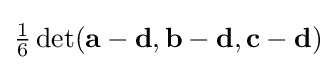
{\textstyle {\frac {1}{6}}\det(\mathbf {a} -\mathbf {d} ,\mathbf {b} -\mathbf {d} ,\mathbf {c} -\mathbf {d} )}